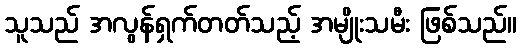
သူသည် အလွန်ရှက်တတ်သည့် အမျိုးသမီး ဖြစ်သည်။